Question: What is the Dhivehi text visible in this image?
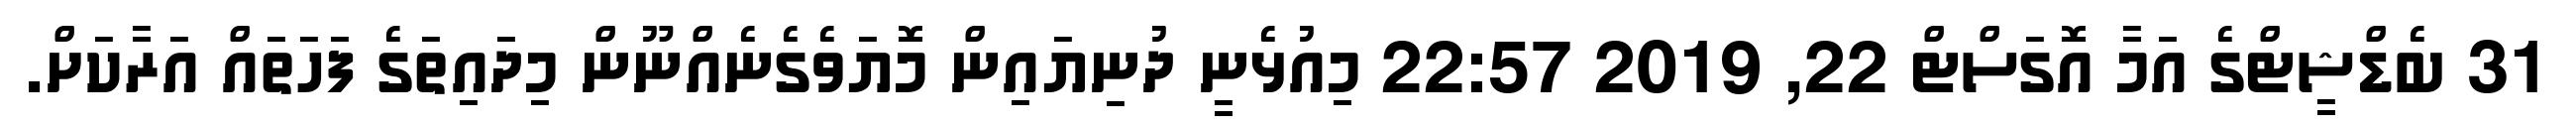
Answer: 31 ބެޑްޝީޓްގެ އަމާ އޮގަސްޓް 22, 2019 22:57 މިއުޅެނީ ދުނިޔައިން މޮޔަވެގެނެއްނޫން މިދައިތަގެ ފަހަތައް އަރާކަށް.